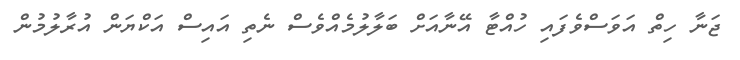
ޖަނާ ހިތް އަވަސްވެފައި ހުއްޓާ އޭނާއަށް ބަލާލުމެއްވެސް ނެތި އައިސް އަކްޔަން އުރާލުމުން